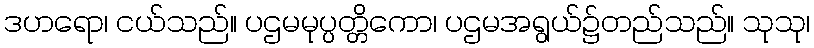
ဒဟရော၊ ငယ်သည်။ ပဌမမုပ္ပတ္တိကော၊ ပဌမအရွယ်၌တည်သည်။ သုသု၊